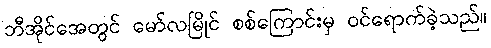
ဘီအိုင်အေတွင် မော်လမြိုင် စစ်ကြောင်းမှ ဝင်ရောက်ခဲ့သည်။